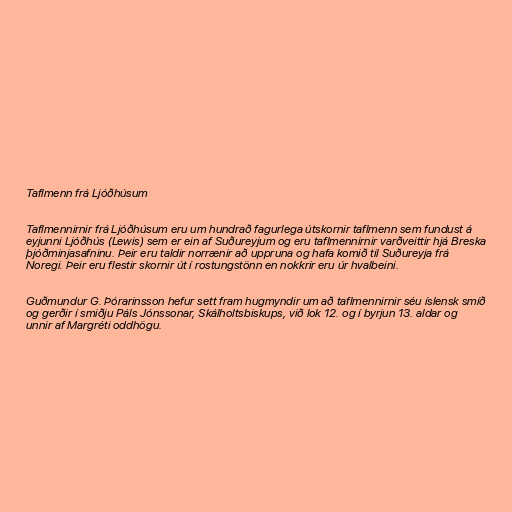
Taflmenn frá Ljóðhúsum

Taflmennirnir frá Ljóðhúsum eru um hundrað fagurlega útskornir taflmenn sem fundust á
eyjunni Ljóðhús (Lewis) sem er ein af Suðureyjum og eru taflmennirnir varðveittir hjá Breska
þjóðminjasafninu. Þeir eru taldir norrænir að uppruna og hafa komið til Suðureyja frá
Noregi. Þeir eru flestir skornir út í rostungstönn en nokkrir eru úr hvalbeini.

Guðmundur G. Þórarinsson hefur sett fram hugmyndir um að taflmennirnir séu íslensk smíð
og gerðir í smiðju Páls Jónssonar, Skálholtsbiskups, við lok 12. og í byrjun 13. aldar og
unnir af Margréti oddhögu.